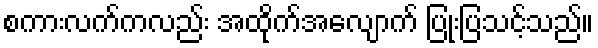
စကားလက်ကလည်း အထိုက်အလျောက် ပြုံးပြသင့်သည်။